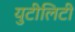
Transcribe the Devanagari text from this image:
युटीलिटी